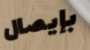
بإيصال